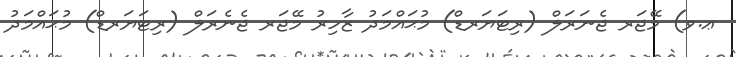
ޢ.ވ) މޭޖަރ ޖެނަރަލް (ރިޓަޔަރޑް) މުޙައްމަދު ޒާހިރު މޭޖަރ ޖެނެރަލް (ރިޓަޔަރޑް) މުޙައްމަދު